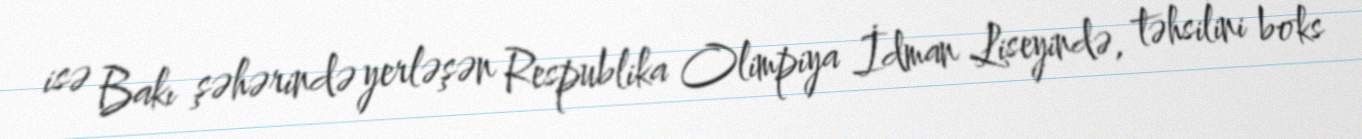
isə Bakı şəhərində yerləşən Respublika Olimpiya İdman Liseyində, təhsilini boks